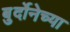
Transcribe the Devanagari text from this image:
बुर्दोनेच्या